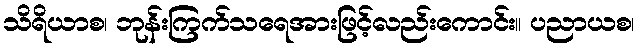
သိရိယာစ၊ ဘုန်းကြက်သရေအားဖြင့်လည်းကောင်း။ ပညာယစ၊